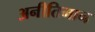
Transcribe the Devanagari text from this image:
अनीतिमान